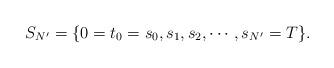
LaTeX: \begin{align*} S_{N'}=\{0=t_0=s_0,s_1,s_2,\cdots,s_{N'}=T\}.\end{align*}